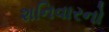
શનિવારનો